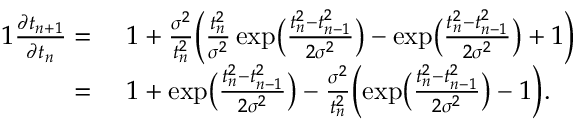
\begin{array} { r l } { { 1 } \frac { \partial t _ { n + 1 } } { \partial t _ { n } } = \; } & { 1 + \frac { \sigma ^ { 2 } } { t _ { n } ^ { 2 } } \Big ( \frac { t _ { n } ^ { 2 } } { \sigma ^ { 2 } } \, \mathrm { e x p } \big ( { \frac { t _ { n } ^ { 2 } - t _ { n - 1 } ^ { 2 } } { 2 \sigma ^ { 2 } } } \big ) - \mathrm { e x p } \big ( { \frac { t _ { n } ^ { 2 } - t _ { n - 1 } ^ { 2 } } { 2 \sigma ^ { 2 } } } \big ) + 1 \Big ) } \\ { = \; } & { 1 + \mathrm { e x p } \big ( { \frac { t _ { n } ^ { 2 } - t _ { n - 1 } ^ { 2 } } { 2 \sigma ^ { 2 } } } \big ) - \frac { \sigma ^ { 2 } } { t _ { n } ^ { 2 } } \Big ( \mathrm { e x p } \big ( { \frac { t _ { n } ^ { 2 } - t _ { n - 1 } ^ { 2 } } { 2 \sigma ^ { 2 } } } \big ) - 1 \Big ) . } \end{array}